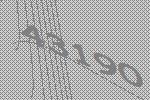
43190